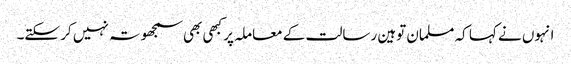
انہوں نے کہا کہ مسلمان توہین رسالت کے معاملہ پر کبھی بھی سمجھوتہ نہیں کر سکتے۔